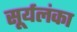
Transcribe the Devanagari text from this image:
सूर्यलंका